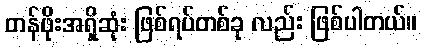
တန်ဖိုးအရှိဆုံး ဖြစ်ရပ်တစ်ခု လည်း ဖြစ်ပါတယ်။